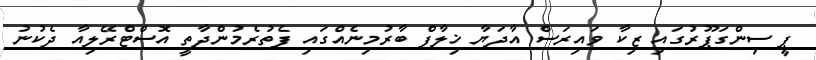
ޕީ ސިންގަޕޫރުގައި ޒިކާ ވައިރަސް އާދަޔާ ޚިލާފް ބާރުމިނެއްގައި ފެތުރެމުންދާތީ އޮސްޓްރޭލިއާ ދެކުނު